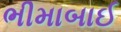
ભીમાબાઈ